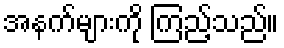
အနက်များကို ကြည့်သည်။